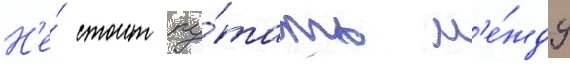
Н'е́ стоит пу́тать м'е́жду